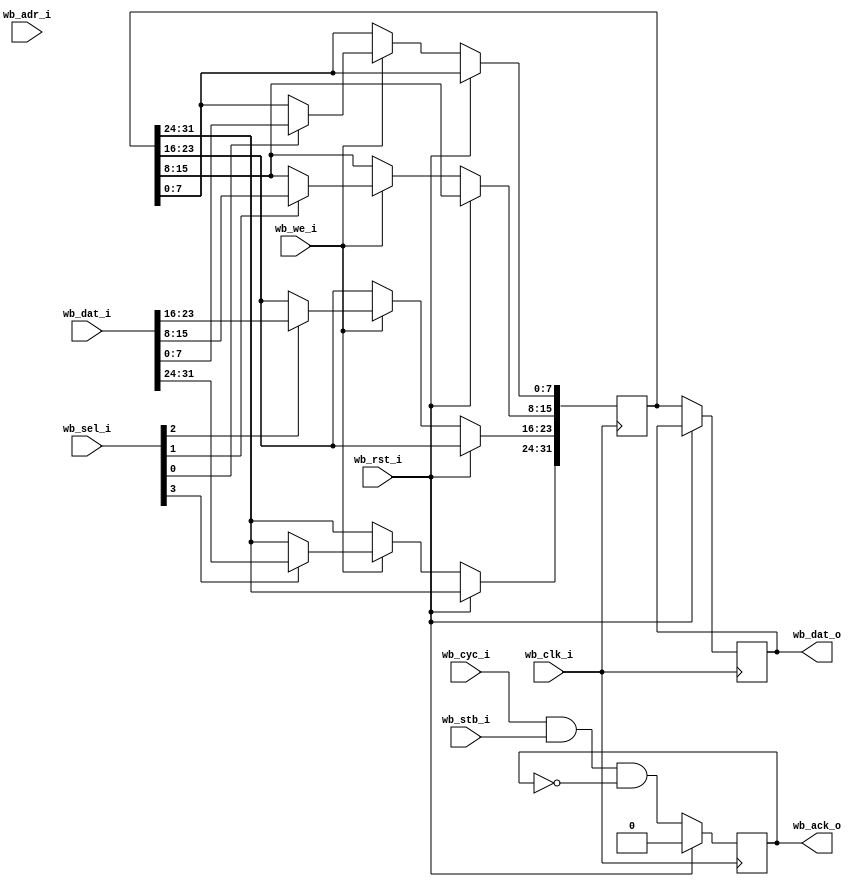
module dummy_slave(
    input wb_clk_i,
    input wb_rst_i,
    
    input wb_stb_i,
    input wb_cyc_i,
    input wb_we_i,
    input [3:0] wb_sel_i,
    input [31:0] wb_adr_i,
    input [31:0] wb_dat_i,
    
    output reg [31:0] wb_dat_o,
    output reg wb_ack_o
);
    reg [31:0] store;

    wire valid = wb_cyc_i & wb_stb_i;

    always @(posedge wb_clk_i) begin
        if (wb_rst_i == 1'b 1) begin
            wb_ack_o <= 1'b 0;
        end else begin
            if (wb_we_i == 1'b 1) begin
                if (wb_sel_i[0]) store[7:0]   <= wb_dat_i[7:0];
                if (wb_sel_i[1]) store[15:8]  <= wb_dat_i[15:8];
                if (wb_sel_i[2]) store[23:16] <= wb_dat_i[23:16];
                if (wb_sel_i[3]) store[31:24] <= wb_dat_i[31:24];
            end
            wb_dat_o <= store;
            wb_ack_o <= valid & !wb_ack_o;
        end
    end
endmodule